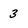
Character: 3